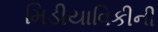
મિડીયાવિકીની